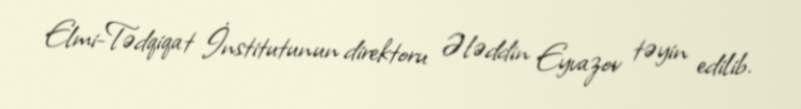
Elmi-Tədqiqat İnstitutunun direktoru Ələddin Eyvazov təyin edilib.